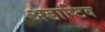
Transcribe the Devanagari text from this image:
अडाप्टिव